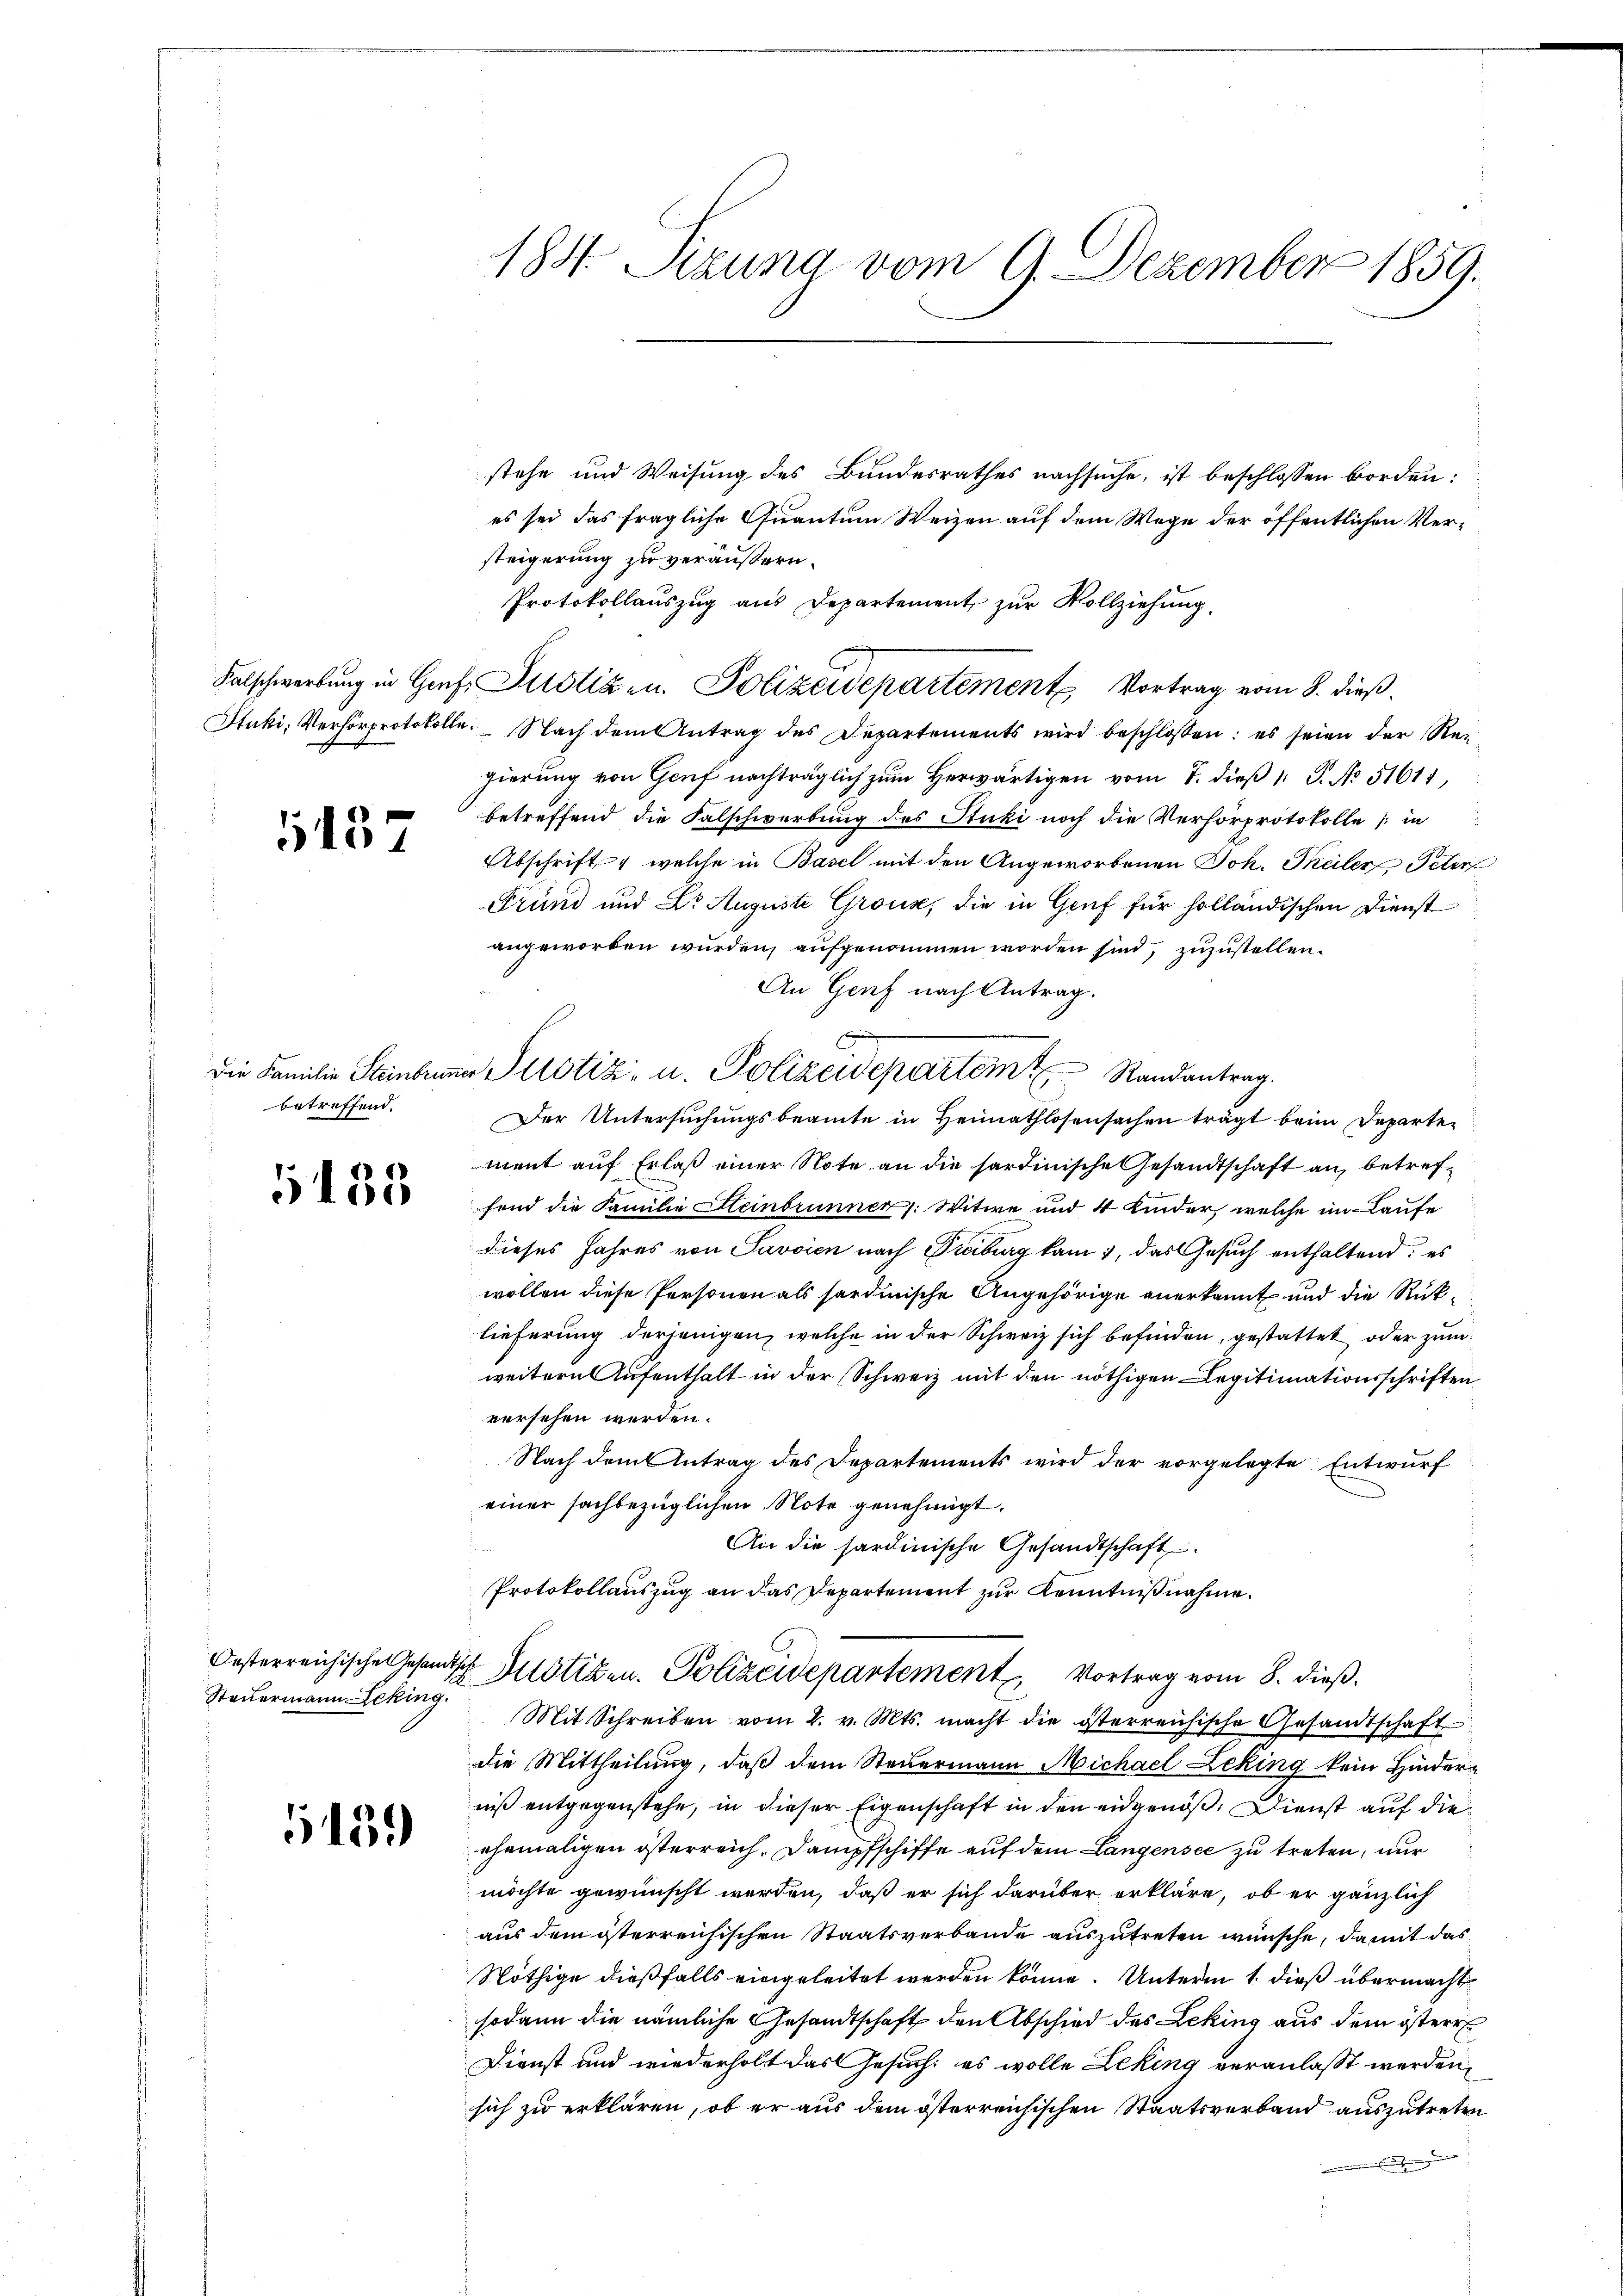
1437

Die Familie Steinbrunn
betreffend.

5435.

Steuermann Ecking.

5459)

184. Sizung vom 9. Dezember 1859.

stehe und Weisung des Bundesrathes nachsuche, ist beschlossen borden:
es sei das fragliche Quantum Weizen auf dem Wege der öffentlichen Versteigerung zu veräußern.
Protokollaŭszŭg ans Departement zŭr Vollziehŭng.
Falschwerbung in Graf Justiz u. Polizeidepartement Vortrag vom 8. dieß.
Stuki, Verhörprotokolle. Nach dem Antrag des Departements wird beschlossen: es seien der Rei
gierung von Genf nachträglich zum Herwärtigen vom 7. dieß P. No 51611,
betreffend die Falschwerbung des Stuki noch die Verhörprotokolle in
Abschrift, welche in Basel mit den Angeworbenen Joh. Theiler Peter
Frund und Dr. Auguste Groux, die in Genf für holländischen Dienst
angeworben wurden, aufgenommen worden sind, zuzustellen.
An Genf nach Antrag.
Der Untersuchungsbeamte in Heimathlosensachen trägt beim Departe-
ment auf Erlaß einer Note an die sardinische Gesandtschaft an, betreffend die Familie Steinbrunner: Witwe und 4 Kinder, welche im Laufe
dieses Jahres von Savoien nach Freiburg kam 7, das Gesuch enthaltend: es
wollen diese Personen als sardinische Angehörige anerkannt und die Rücklieferung derjenigen, welche in der Schweiz sich befinden, gestattet oder zum
weitern Aufenthalt in der Schweiz mit den nöthigen Legitimationsschriften
versehen werden.
Nach dem Antrag des Departements wird der vorgelegte Entwurf
einer sachbezüglichen Note genehmigt.
An die sardinische Gesandtschaft.
n
Protokollauszug an das Departement zur Kenntnißnahme.
Oesterreichische Gesandtsche Stiben. Polizeidepartement Vortrag vom 8. dieß.
Mit Schreiben vom 2. v. Mts. macht die österreichische Gesandtschaft
die Mittheilung, daß dem Steuermann Michael Leking kein Hinder-
niß entgegenstehe, in dieser Eigenschaft in den eidgenöß. Dienst auf die
ehemaligen österreich. Dampfschiffe auf dem Langensee zu treten, nur
möchte gewünscht werden, daß er sich darüber erkläre, ob er gänzlich
aus dem österreichischen Staatsverbande auszutreten wünsche, damit das
Nöthige dießfalls eingeleitet werden könne. Unterm 1. dieß übermacht
sodann die nämliche Gesandtschaft den Abschied des Leking aus dem österr
Dienst und wiederholt das Gesuch, es wolle Leking veranlasst werden,
sich zu erklären, ob er aus dem österreichischen Staatsverband auszutreten
Ehe

in Justiz- u. Polizeidepartemt Randantrag.